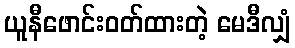
ယူနီဖောင်းဝတ်ထားတဲ့ မေဒီလျှံ